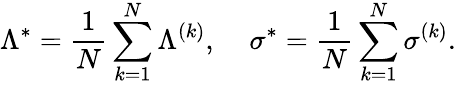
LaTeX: \Lambda^{*}=\frac{1}{N}\sum_{k=1}^{N}\Lambda^{(k)},\; \; \; \; \sigma^{*}=\frac{1}{N}\sum_{k=1}^{N}\sigma^{(k)}.